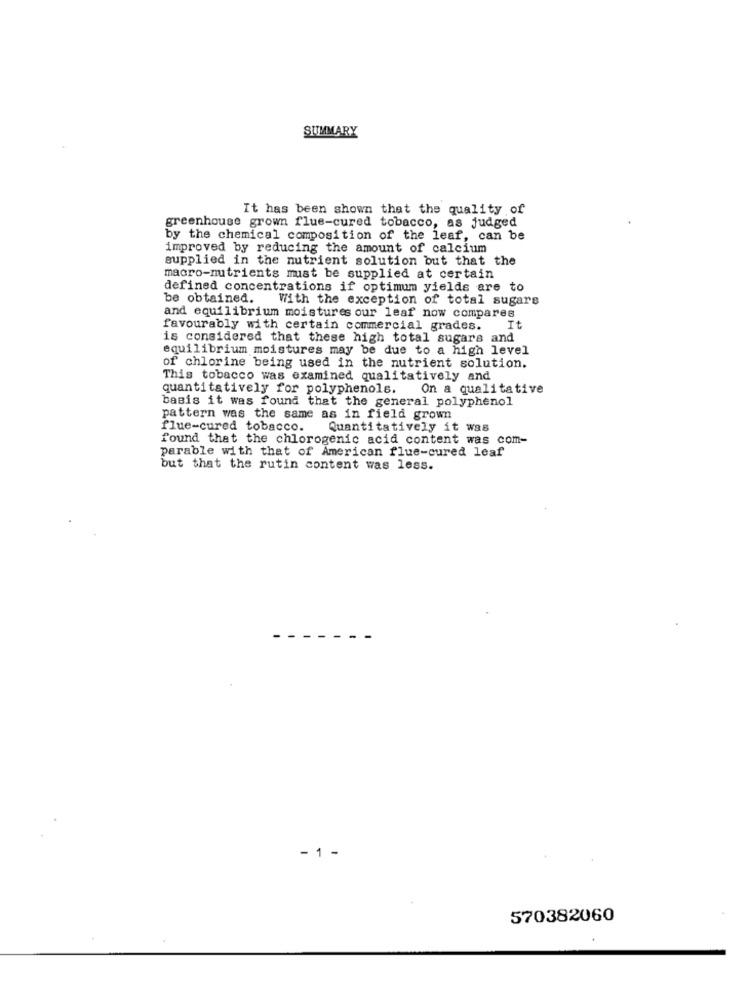
SUMMARY
It has been shown that the quality of
greenhouse grown flue-cured tobacco, as judged
by the chemical composition of the leaf, can be
improved by reducing the amount of calcium
supplied in the nutrient solution but that the
macro-nutrients must be supplied at certain
defined concentrations if optimum yields are to
be obtained.
With the exception of total sugars
and equilibrium moistures our leaf now compares
favourably with certain commercial grades.
It
is considered that these high total sugars and
equilibrium moistures may be due to a high level
of chlorine being used in the nutrient solution.
This tobacco was examined qualitatively and
quantitatively for polyphenols.
On a qualitative
basis it was found that the general polyphenol
pattern was the same as in field grown
flue-cured tobacco.
Quantitatively it was
found that the chlorogenic acid content was com-
parable with that of American flue-cured leaf
but that the rutin content was less.
- 1 -
570382060